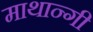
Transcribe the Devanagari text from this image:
माथान्गी